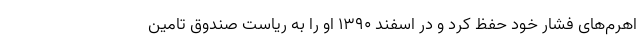
اهرم‌های فشار خود حفظ کرد و در اسفند ۱۳۹۰ او را به ریاست صندوق تامین